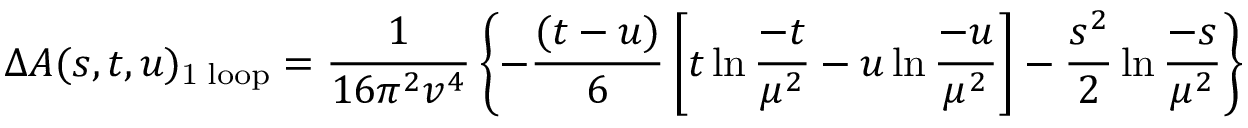
\Delta A ( s , t , u ) _ { \mathrm { 1 \; l o o p } } = \frac { 1 } { 1 6 \pi ^ { 2 } v ^ { 4 } } \left\{ - \frac { ( t - u ) } { 6 } \left[ t \ln \frac { - t } { \mu ^ { 2 } } - u \ln \frac { - u } { \mu ^ { 2 } } \right] - \frac { s ^ { 2 } } { 2 } \ln \frac { - s } { \mu ^ { 2 } } \right\}